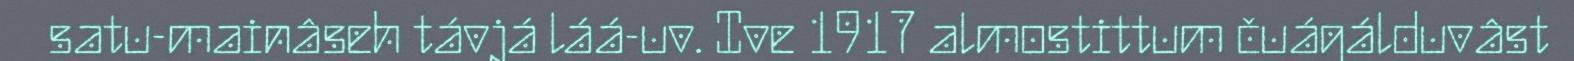
satu-mainâseh távjá láá-uv. Ive 1917 almostittum čuágálduvâst